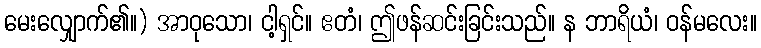
မေးလျှောက်၏။) အာဝုသော၊ ငါ့ရှင်။ ဧတံ၊ ဤဖန်ဆင်းခြင်းသည်။ န ဘာရိယံ၊ ဝန်မလေး။